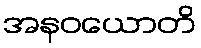
အနဝယောတိ